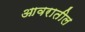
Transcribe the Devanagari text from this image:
आवरातील